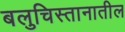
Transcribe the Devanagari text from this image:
बलुचिस्तानातील